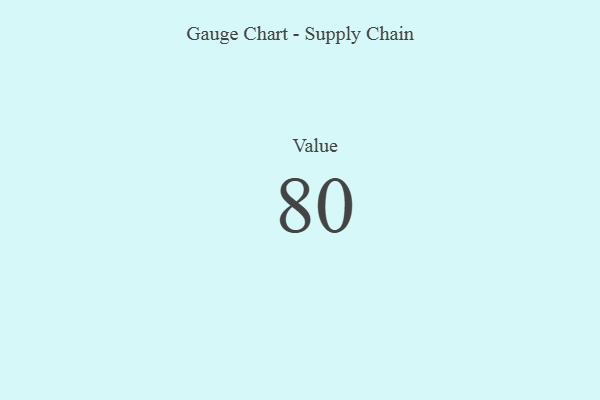
{"axis": {"x": "Metric", "y": "Value"}, "legend": [""], "data": [{"x": "Value", "y": 80, "type": ""}]}